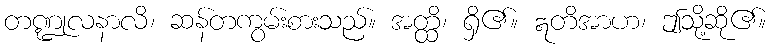
တဏ္ဍုလနာလိ၊ ဆန်တကွမ်းစားသည်။ အတ္ထိ၊ ရှိ၏။ ဣတိအာဟ၊ ဤသို့ဆို၏။